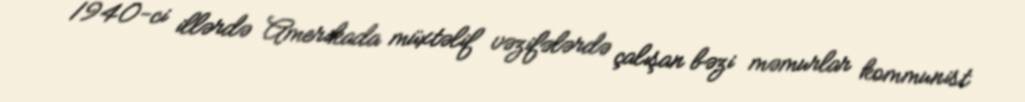
1940-ci illərdə Amerikada müxtəlif vəzifələrdə çalışan bəzi məmurlar kommunist